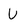
Character: V